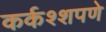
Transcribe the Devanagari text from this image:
कर्कश्शपणे